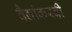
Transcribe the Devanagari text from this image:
वैद्यांकरवी